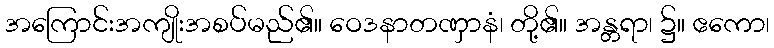
အကြောင်းအကျိုးအစပ်မည်၏။ ဝေဒနာတဏှာနံ၊ တို့၏။ အန္တရာ၊ ၌။ ဧကော၊